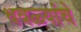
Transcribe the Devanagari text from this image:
धवळ्यांचे